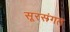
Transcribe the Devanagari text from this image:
सूरसंगत